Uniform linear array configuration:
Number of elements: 8
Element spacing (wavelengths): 0.25
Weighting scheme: uniform
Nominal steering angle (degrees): -45
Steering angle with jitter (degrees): -44.627
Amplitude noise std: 0.05
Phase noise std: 0.05

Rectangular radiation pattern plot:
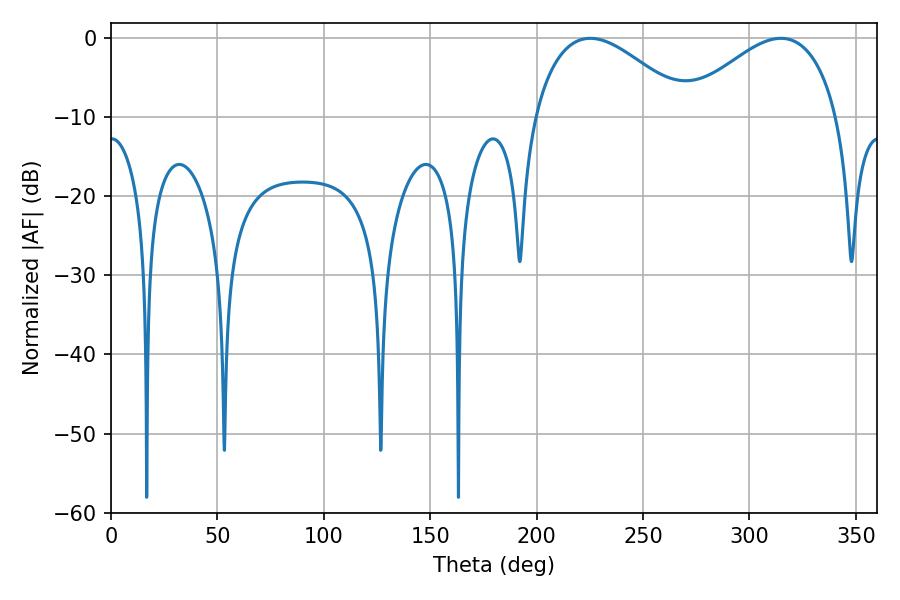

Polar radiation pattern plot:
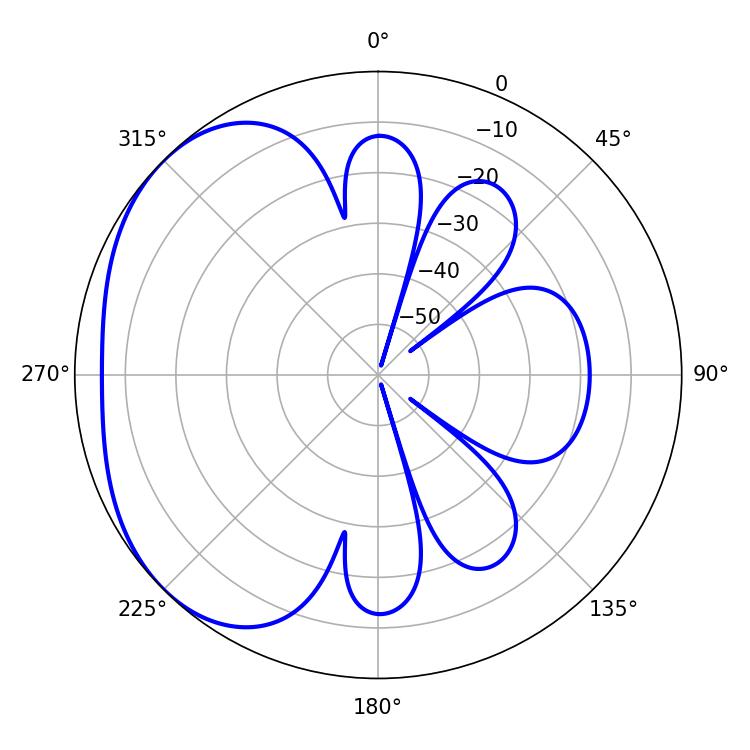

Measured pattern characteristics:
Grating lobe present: FALSE
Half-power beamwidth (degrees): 39.78
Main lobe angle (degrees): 225.18